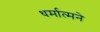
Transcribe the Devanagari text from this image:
धर्मात्मने